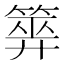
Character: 𥰰